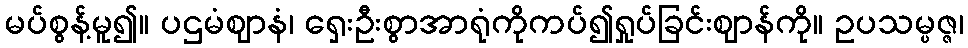
မပ်စွန့်မူ၍။ ပဌမံဈာနံ၊ ရှေးဦးစွာအာရုံကိုကပ်၍ရှုပ်ခြင်းဈာန်ကို။ ဥပသမ္ပဇ္ဇ၊